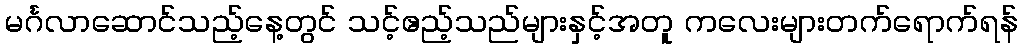
မင်္ဂလာဆောင်သည့်နေ့တွင် သင့်ဧည့်သည်များနှင့်အတူ ကလေးများတက်ရောက်ရန်